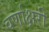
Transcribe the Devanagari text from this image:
वर्णाक्षरी